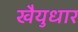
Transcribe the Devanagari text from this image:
खैयुधार